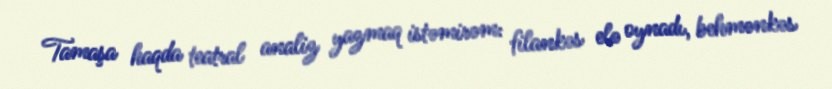
Tamaşa haqda teatral analiz yazmaq istəmirəm: filankəs elə oynadı, behmənkəs